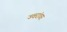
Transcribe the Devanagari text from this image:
ज्वरांवर